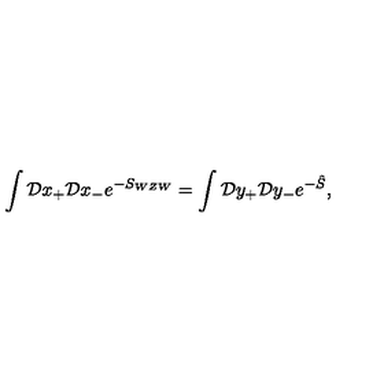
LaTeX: \int { \cal D } x _ { + } { \cal D } x _ { - } e ^ { - S _ { W Z W } } = \int { \cal D } y _ { + } { \cal D } y _ { - } e ^ { - \hat { S } } ,